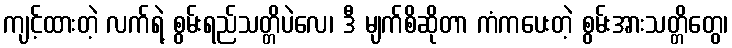
ကျင့်ထားတဲ့ လက်ရဲ့ စွမ်းရည်သတ္တိပဲလေ၊ ဒီ မျက်စိဆိုတာ ကံကပေးတဲ့ စွမ်းအားသတ္တိတွေ၊